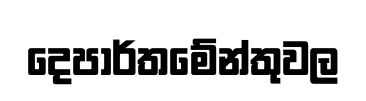
දෙපාර්තමේන්තුවල